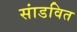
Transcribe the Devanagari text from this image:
सांडवित